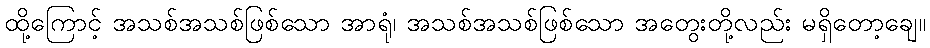
ထို့ကြောင့် အသစ်အသစ်ဖြစ်သော အာရုံ၊ အသစ်အသစ်ဖြစ်သော အတွေးတို့လည်း မရှိတော့ချေ။